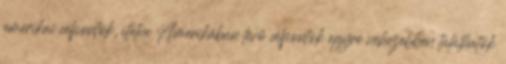
amerikai célpontok, illetve Amerikában lévő célpontok egyre nehezebben találhatók